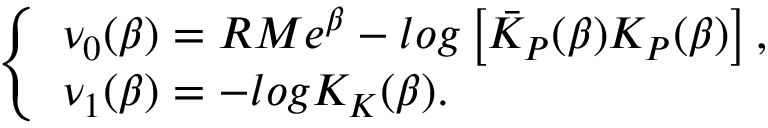
\left\{ \begin{array} { l } { { \nu _ { 0 } ( \beta ) = R M e ^ { \beta } - l o g \left[ \bar { K } _ { P } ( \beta ) K _ { P } ( \beta ) \right] , } } \\ { { \nu _ { 1 } ( \beta ) = - l o g K _ { K } ( \beta ) . } } \end{array} \right.